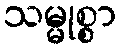
သမ္မုစ္စာ